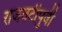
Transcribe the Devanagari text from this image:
राजवटीपुर्वी